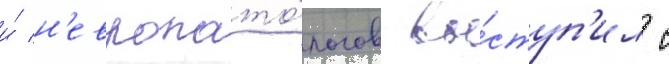
и́ н'европато́логов вы́ступ'ил с